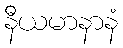
နီယမာနာနံ